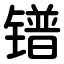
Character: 镨